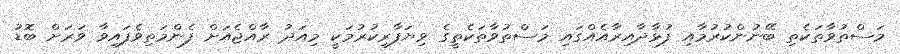
މަސްތުވާތަކެތި ބޭނުންކުރުމާއި ފުޅާދާއިރާއެއްގައި މަސްތުވާތަކެތީގެ ވިޔަފާރިކުރުމަކީ މިއަދު ރާއްޖެއަށް ފެންމަތިވެފައިވާ ވަރަށް ބޮޑު